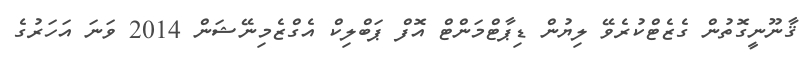
ޤާނޫނީގޮތުން ގެޒެޓްކުރެވޭ ލިޔުން ޑިޕާޓްމަންޓް އޮފް ޕަބްލިކް އެގްޒެމިނޭޝަން 2014 ވަނަ އަހަރުގެ